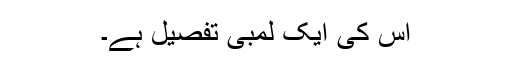
اس کی ایک لمبی تفصیل ہے۔